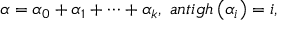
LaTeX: \alpha = \alpha _ { 0 } + \alpha _ { 1 } + \cdots + \alpha _ { k } , \; a n t i g h \left( \alpha _ { i } \right) = i ,